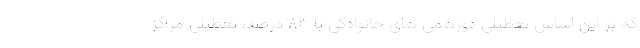
که بر این اساس تعطیلی دورهمی های خانوادگی با ۸۳ درصد، تعطیلی مراکز